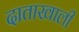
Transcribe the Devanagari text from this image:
दाताखाली